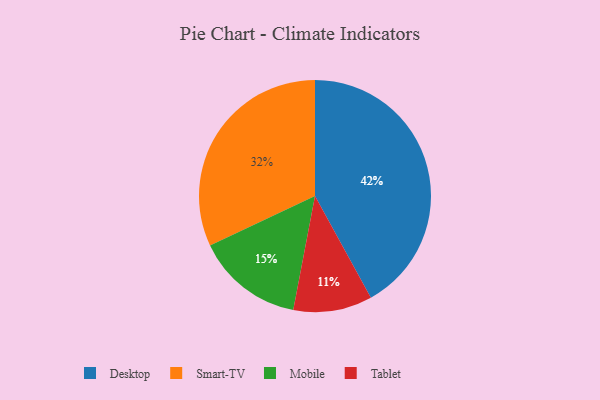
{"axis": {"x": "Category", "y": "Percentage"}, "legend": ["Desktop", "Mobile", "Smart-TV", "Tablet"], "data": [{"x": "Desktop", "y": 42, "type": "Desktop"}, {"x": "Smart-TV", "y": 32, "type": "Smart-TV"}, {"x": "Tablet", "y": 11, "type": "Tablet"}, {"x": "Mobile", "y": 15, "type": "Mobile"}]}